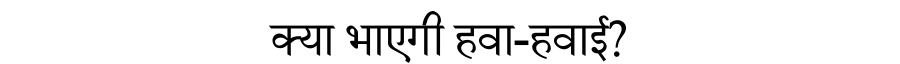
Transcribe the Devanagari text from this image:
क्या भाएगी हवा-हवाई?